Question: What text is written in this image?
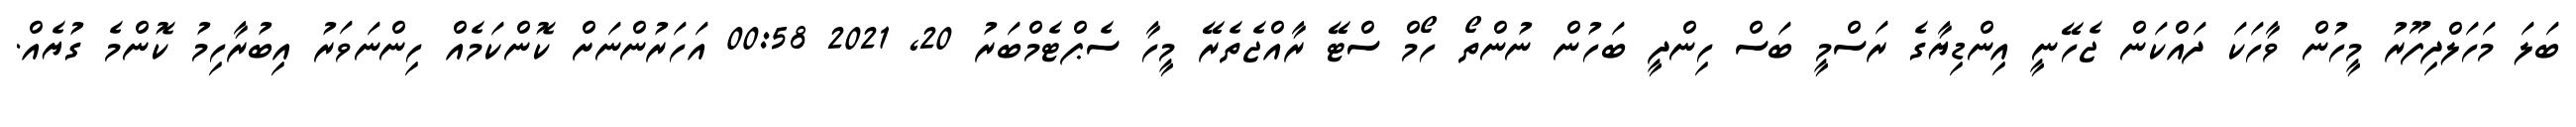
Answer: ބަލަ މަހަލްދިފޫރު މީހުން ވާހަކަ ދައްކަން ޖެހޭނީ އިންޑިޔާގެ ރަސްމީ ބަސް ހިންދީ ބަހުން ނުންތޯ ހޯމް ސްޓޭ ރާއްޖެތެރޭ މީހާ ސެޕްޓެމްބަރު 20, 2021 00:58 އަހަރުންނަށް ކޮންކަމެއް ހިންނަވަރު އިބުރާހިމު ކޮންމެ ގުޔެއް.